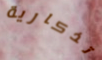
تذكارية